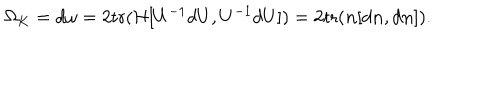
\Omega _ { K } = d \omega = 2 \mathrm { t r } ( { \cal H } [ U ^ { - 1 } d U , U ^ { - 1 } d U ] ) = 2 \mathrm { t r } ( { \bf n } [ d { \bf n } , d { \bf n } ] ) .